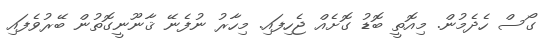
ގޯސް ހެދެމުން. މިއޮތީ ބޮޑު ގޮށެއް ޖެހިފައި. މިހާރު ނުފެނޭ ޤާނޫނީގޮތުން ބޭރުވެފައި